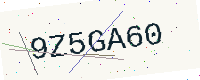
Text: 9Z5GA60